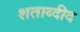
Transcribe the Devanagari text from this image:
शताब्दीद